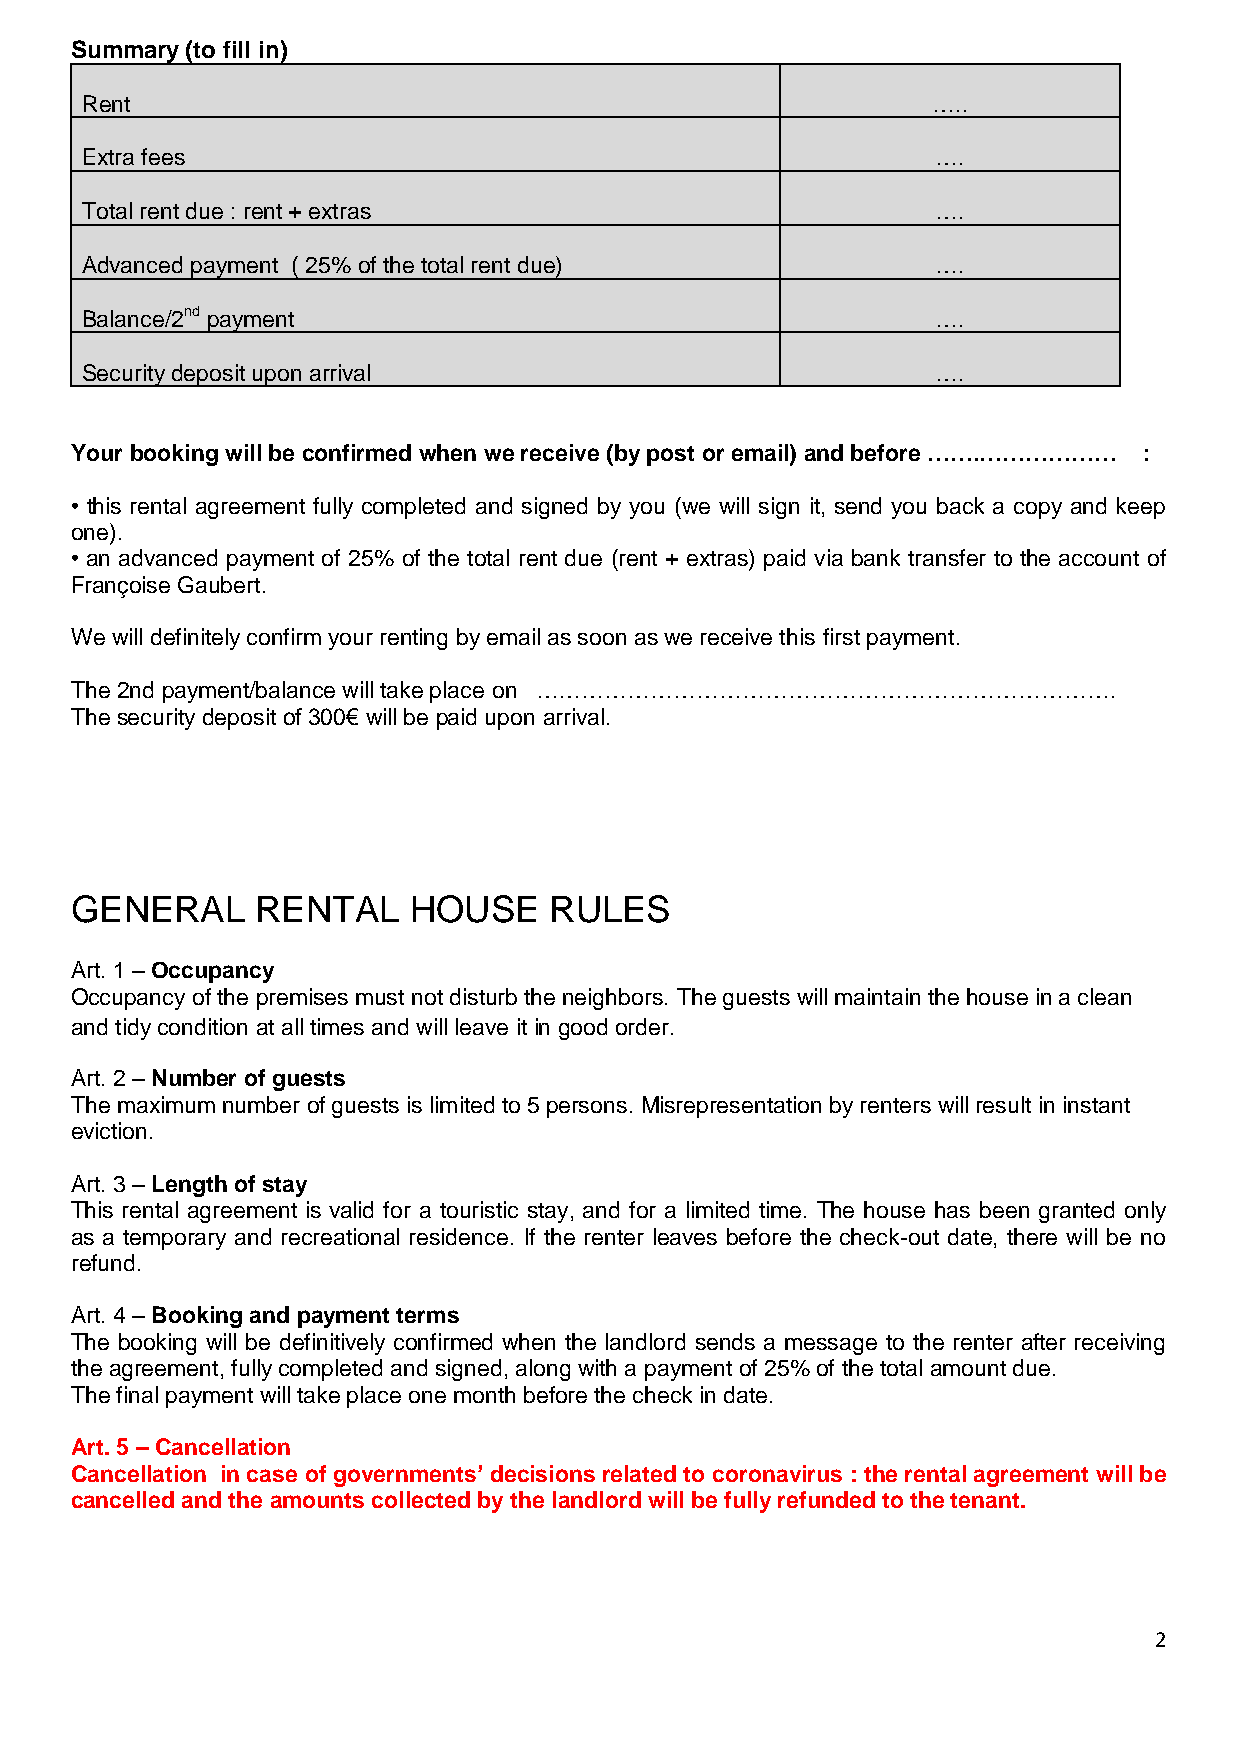
Summary (to fill in)
 Rent                                                     …..
 Extra fees                                               ….
 Total rent due : rent + extras                           ….
 Advanced payment ( 25% of the total rent due)            ….
 Balance/2nd payment                                      ….
 Security deposit upon arrival                            ….
 Your booking will be confirmed when we receive (by post or email) and before …….……………… :
 • this rental agreement fully completed and signed by you (we will sign it, send you back a copy and keep
 one).
 • an advanced payment of 25% of the total rent due (rent + extras) paid via bank transfer to the account of
 Françoise Gaubert.
 We will definitely confirm your renting by email as soon as we receive this first payment.
 The 2nd payment/balance will take place on ………………………………………………………………….
 The security deposit of 300€ will be paid upon arrival.
 GENERAL     RENTAL    HOUSE    RULES
 Art. 1 – Occupancy
 Occupancy of the premises must not disturb the neighbors. The guests will maintain the house in a clean
 and tidy condition at all times and will leave it in good order.
 Art. 2 – Number of guests
 The maximum number of guests is limited to 5 persons. Misrepresentation by renters will result in instant
 eviction.
 Art. 3 – Length of stay
 This rental agreement is valid for a touristic stay, and for a limited time. The house has been granted only
 as a temporary and recreational residence. If the renter leaves before the check-out date, there will be no
 refund.
 Art. 4 – Booking and payment terms
 The booking will be definitively confirmed when the landlord sends a message to the renter after receiving
 the agreement, fully completed and signed, along with a payment of 25% of the total amount due.
 The final payment will take place one month before the check in date.
 Art. 5 – Cancellation
 Cancellation in case of governments’ decisions related to coronavirus : the rental agreement will be
 cancelled and the amounts collected by the landlord will be fully refunded to the tenant.
 2